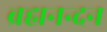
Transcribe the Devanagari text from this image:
ब्रह्मनन्दन